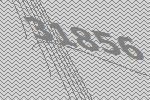
31856